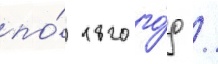
по́ 1820 го́д /